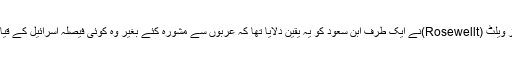
اس وقت کے امریکی صدر روز ویلٹ (Rosewellt)نے ایک طرف ابن سعود کو یہ یقین دلایا تھا کہ عربوں سے مشورہ کئے بغیر وہ کوئی فیصلہ اسرائیل کے قیام کے بار ے میں نہ کریں گے۔